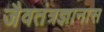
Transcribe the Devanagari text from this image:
जैवतंत्रज्ञानास